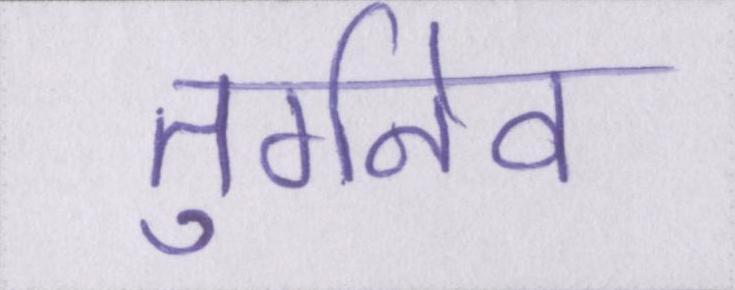
तुर्गनेव